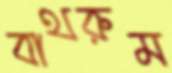
বাথরুম